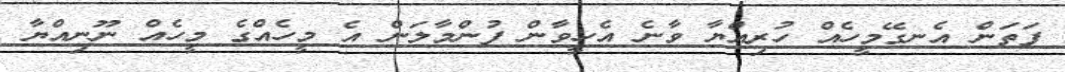
ފަތަން އެނގޭމީހެއް ހުރިއްޔާ ވާނެ އެހީވާން ފުންމާލަން އެ މީހެއްގެ މީހެއް ނޫނިއްޔާ